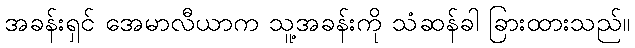
အခန်းရှင် အေမာလီယာက သူ့အခန်းကို သံဆန်ခါ ခြားထားသည်။